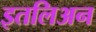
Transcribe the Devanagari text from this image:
इतलिअन